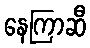
နေကြာဆီ